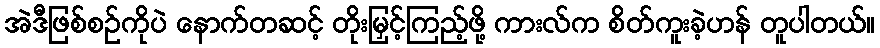
အဲဒီဖြစ်စဉ်ကိုပဲ နောက်တဆင့် တိုးမြှင့်ကြည့်ဖို့ ကားလ်က စိတ်ကူးခဲ့ဟန် တူပါတယ်။